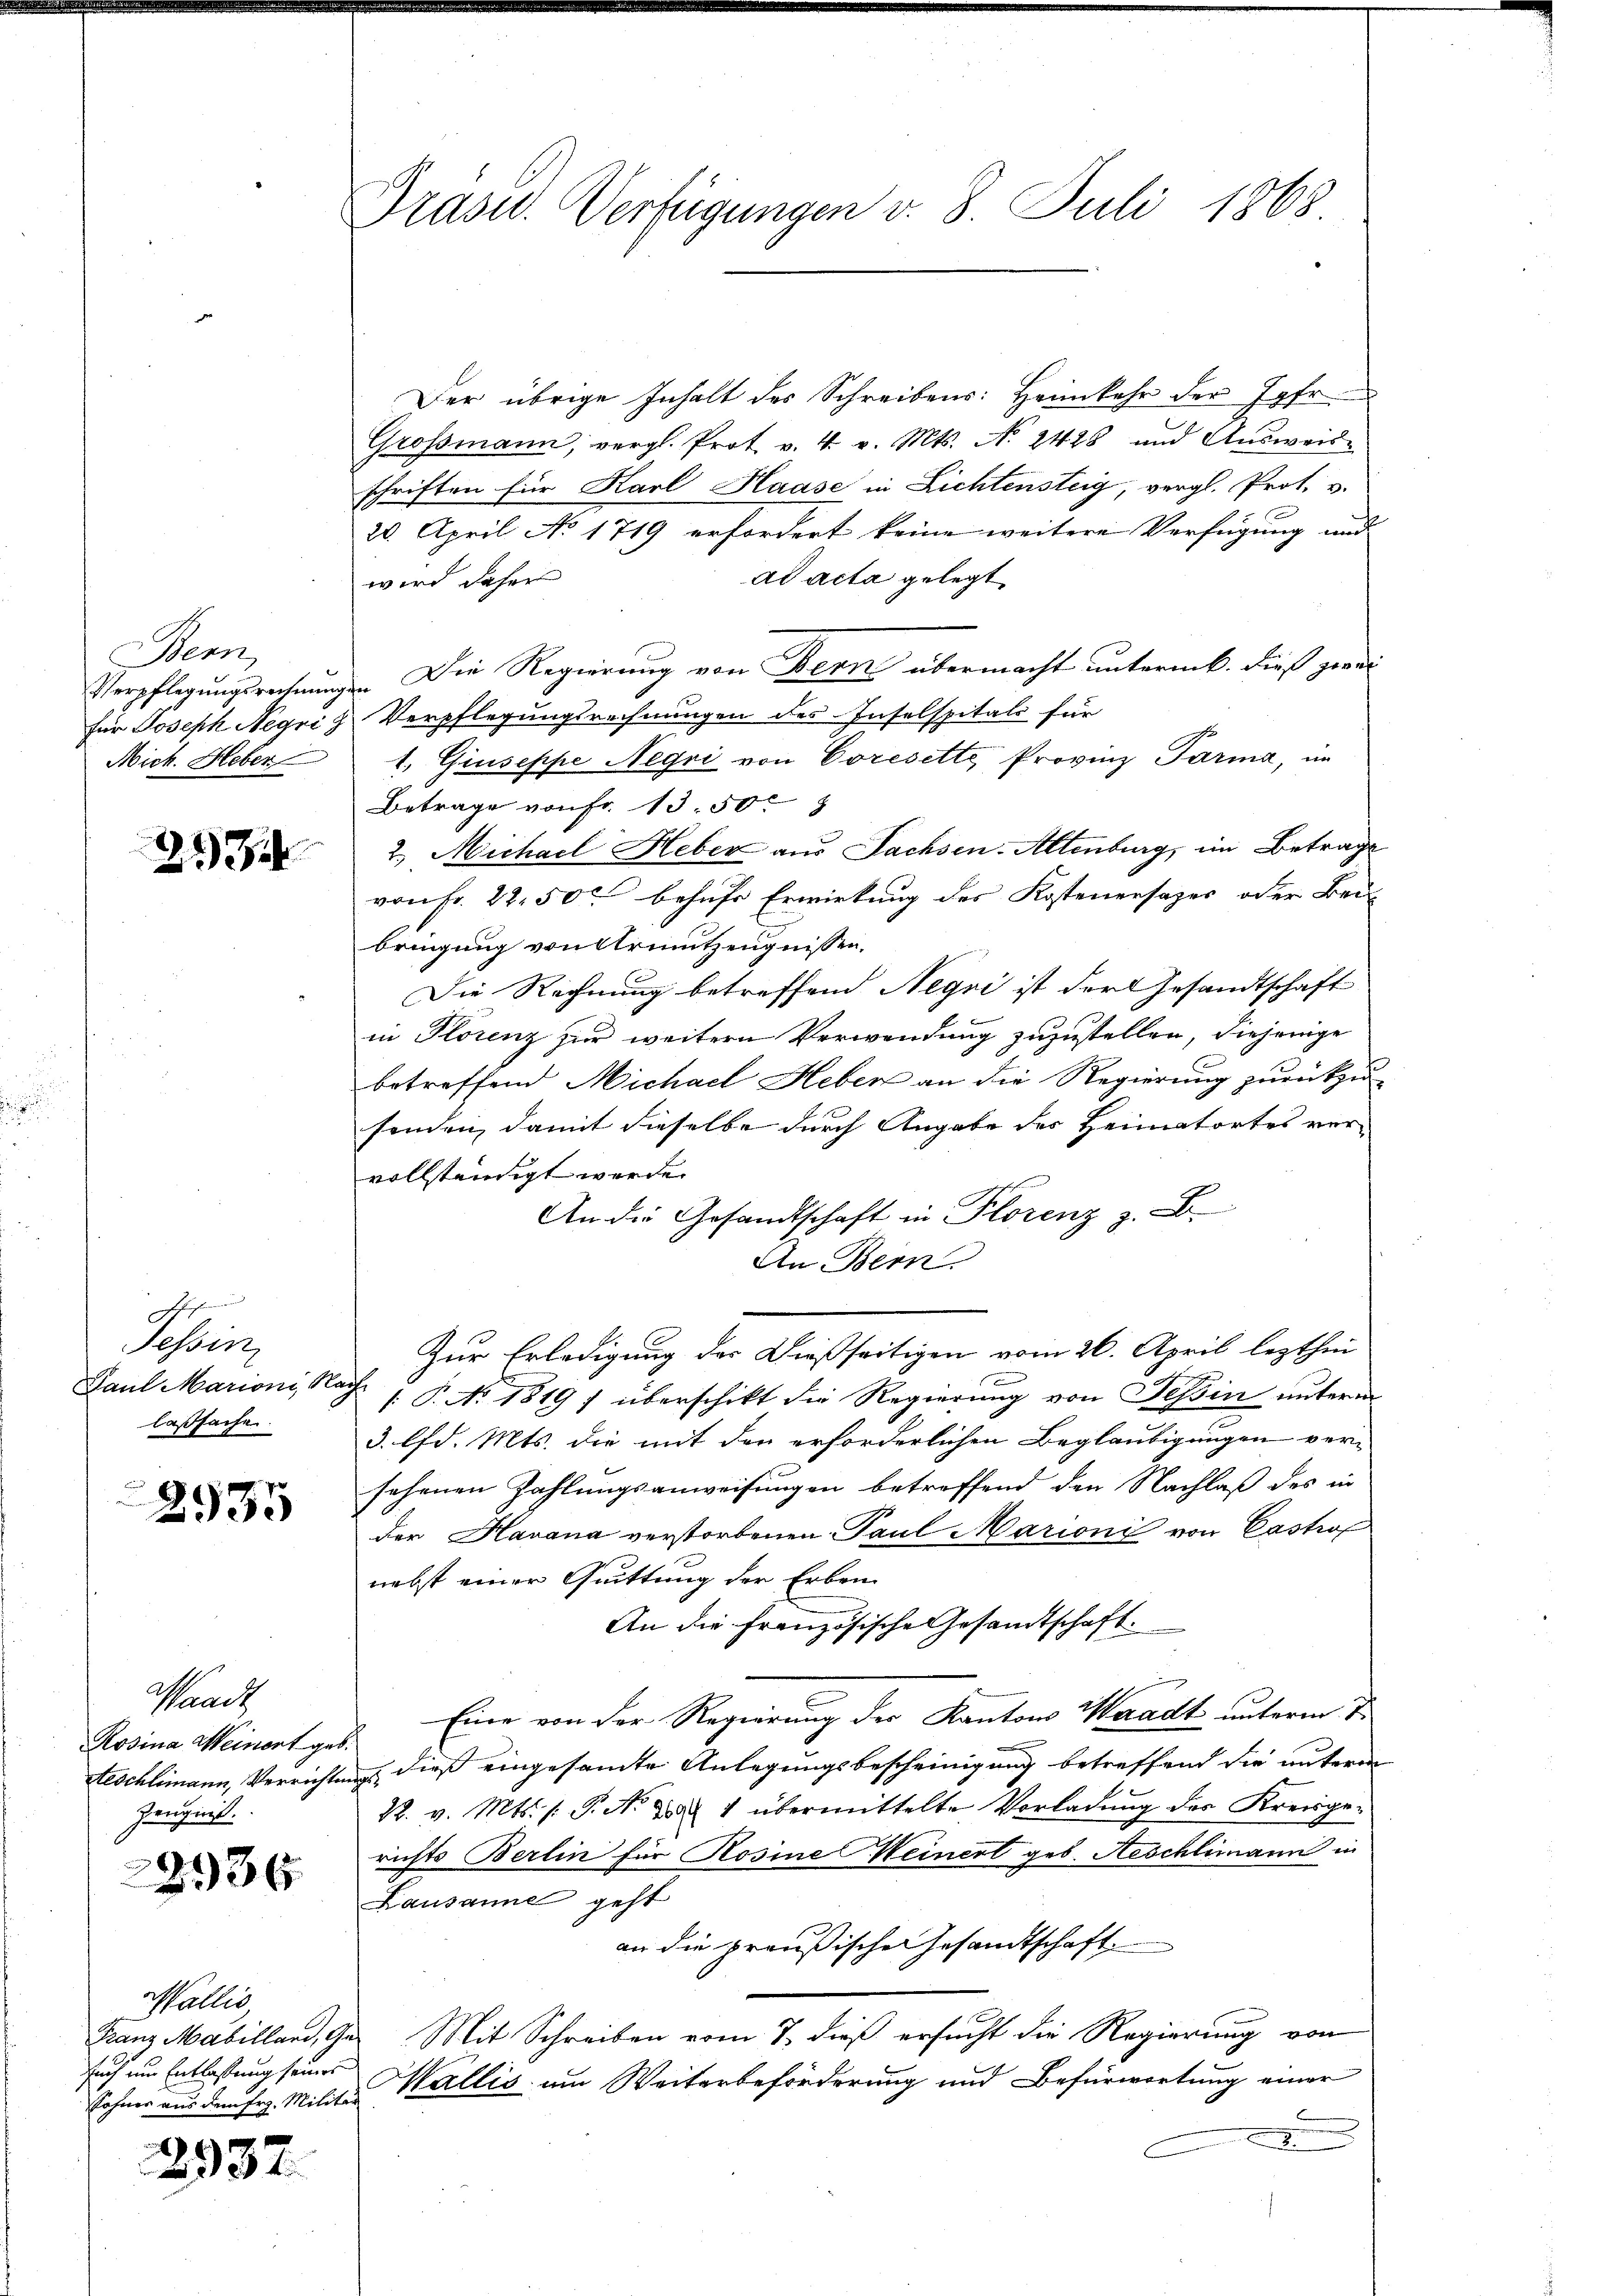
Bern,
Mich. Heber

2134

4
Tessin
laßsache.

2955

Waadt
Rosina Meinert geb.
Zeugnis.

28936.

Wallis
such um Entlassung seines

1937.

Drasu. Verfügungen v. 8. Juli 1868

Der übrige Inhalt des Schreibens: Heimkehr der Jahr
Grossmann, vergl. Prot. v. 4. v. Mts. No 2428 und Aŭsweis-
schriften für Karl Haase in Lichtensteig, vergl. Prot. v.
20. April No 1719 erfordert keine weitere Verfügung und
ad acta gelegt
wird daher
Verpflegungsrechnung. Die Regierung von Bern übermacht unternk. Dieß zwei
für Joseph Negri & Verpflegungsrechnungen des Inselspitals für
1. Giuseppe Negri von Corcsette, Provinz Parma, in
Betrage von Fr. 13. 50
2.) Michael Heber aus Sachsen-Altenburg, im Betrage
von Fr. 22. 50 behufs Erwirkung des Kostenersazer oder Bei-
bringung von Armutzengnissen.
Die Rechnung betreffend Negré ist der Gesandtschaft
in Plorenz zur weitern Verwendung zuzustellen, diejenige
betreffend Michael Heben an die Regierung zurückzusenden, damit dieselbe durch Angabe des Heimatortes vervollständigt werde.
An die Gesandtschaft in Plorenz z. B.
An Bern.
Zur Erledigung des Dießseitigen vom 26. April lezthin
Paul Mariani, Nach P. Nr. 1819 f überschikt die Regierung von Tessin unterm
3. lfd. Mts. die mit den erforderlichen Beglaubigungen ver-
sehenen Zahlungsanweisungen betreffend den Nachlaß des in
der Havana verstorbenen Paul Marioni von Castrof
nebst einer Quittung der Erben
An die Französische Gesandtschaft.
Eine von der Regierung der Kantons Waadt unterm 7.
Leschlimann, Verrichtung dieß eingesamte Anlegungsbescheinigung betreffend die unterm
22. v. Mts. /: P. Nr. 804 übermittelte Vorladung des Kreisge-
richts Berlin für Rosine Weinert geb. Aeschlimann in
Lausanne geht
an die preußischen Gesandtschaft.
Franz Mabilland, Ges. Mit Schreiben vom 7. dieß ersucht die Regierung von
Lohner aus dem fr. Milite Wallis um Weiterbeförderung und Befürwortung einer
2